Report on horse surra - Volume I
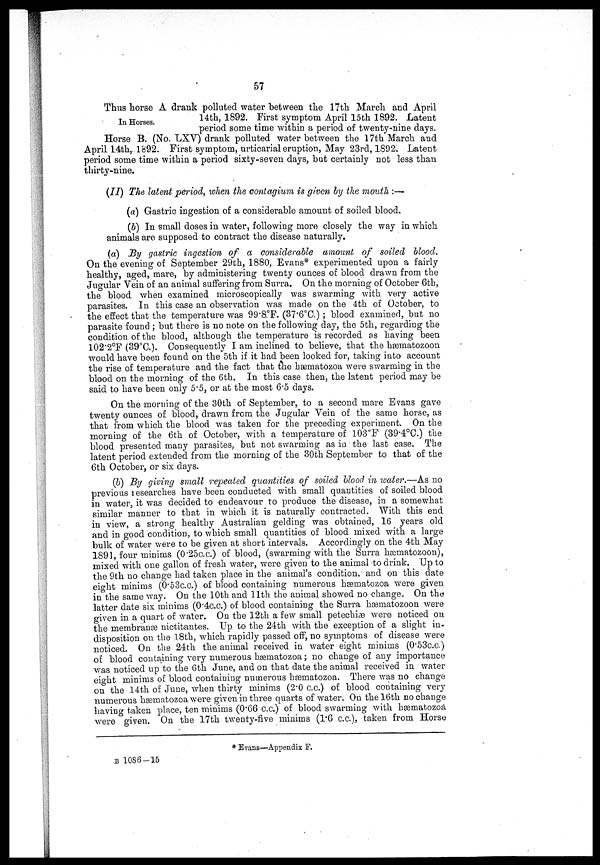
57
In Horses.
Thus horse A drank polluted water between the 17th March and April
14th, 1892. First symptom April 15th 1892. Latent
period some time within a period of twenty-nine days.
Horse B. (No. LXV) drank polluted water between the 17th March and
April 14th, 1892. First symptom, urticarial eruption, May 23rd, 1892. Latent
period some time within a period sixty-seven days, but certainly not less than
thirty-nine.
(II) The latent period, when the contagium is given by the mouth :—
(a) Gastric ingestion of a considerable amount of soiled blood,
(6) In small doses in water, following more closely the way in which
animals are supposed to contract the disease naturally.
(a) By gastric ingestion of a considerable amount of soiled blood.
On the evening of September 29th, 1880, Evans* experimented upon a fairly
healthy, aged, mare, by administering twenty ounces of blood drawn from the
Jugular Vein of an animal suffering from Surra. On the morning of October 6th,
the blood when examined microscopically was swarming with very active
parasites. In this case an observation was made on the 4th of October, to
the effect that the temperature was 99.8°F. (37.6°C.); blood examined, but no
parasite found ; but there is no note on the following day, the 5th, regarding the
condition of the blood, although the temperature is recorded as having been
102.2°F (39°C). Consequently I am inclined to believe, that the hæmatozoon
would have been found on the 5th if it had been looked for, taking into account
the rise of temperature and the fact that the hæmatozoa were swarming in the
blood on the morning of the 6th. In this case then, the latent period may be
said to have been only 5.5, or at the most 6.5 days.
On the morning of the 30th of September, to a second mare Evans gave
twenty ounces of blood, drawn from the Jugular Vein of the same horse, as
that from which the blood was taken for the preceding experiment. On the
morning of the 6th of October, with a temperature of 103 0 F (39.4 0 C) the
blood presented many parasites, but not swarming as in the last case. The
latent period extended from the morning of the 30th September to that of the
6th October, or six days.
(b) By giving small repeated quantities of soiled blood in water.—As no
previous researches have been conducted with small quantities of soiled blood
in water, it was decided to endeavour to produce the disease, in a somewhat
similar manner to that in which it is naturally contracted. With this end
in view, a strong healthy Australian gelding was obtained, 16 years old
and in good condition, to which small quantities of blood mixed with a large
bulk of water were to be given at short intervals. Accordingly on the 4th May
1891, four minims (0.25c.c.) of blood, (swarming with the Surra hæmatozoon),
mixed with one gallon of fresh water, were given to the animal to drink. Up to
the 9th no change had taken place in the animal's condition, and on this date
eight minims (0.53c.c.) of blood containing numerous hæmatozoa were given
in the same way. On the 10th and 11th the animal showed no change. On the
latter date six minims (0.4c.c.) of blood containing the Surra hæmatozoon were
given in a quart of water. On the 12th a few small petechiæ were noticed on
the membranæ nictitantes. Up to the 24th with the exception of a slight in-
disposition on the 18th, which rapidly passed off, no symptoms of disease were
noticed. On the 24th the animal received in water eight minims (0.53c.c.)
of blood containing very numerous hæmatozoa ; no change of any importance
was noticed up to the 6th June, and on that date the animal received in water
eight minims of blood containing numerous hæmatozoa. There was no change
on the 14th of June, when thirty minims (2.0 c.c.) of blood containing very
numerous hæmatozoa were given in three quarts of water. On the 16th no change
having taken place, ten minims (0.66 c.c.) of blood swarming with hæmatozoa
were given. On the 17th twenty-five minims (1.6 c.c), taken from Horse
* Evans—Appendix F.
B 1086-15